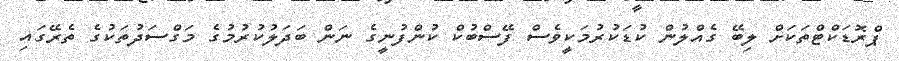
ޕްރޮޑަކްޓްތަކަށް ލިބޭ ގެއްލުން ކުޑަކުރުމަކީވެސް ފޭސްބުކް ކުންފުނީގެ ނަން ބަދަލުކުރުމުގެ މަގްސަދުތަކުގެ ތެރޭގައި